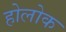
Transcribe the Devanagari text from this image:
होलोक